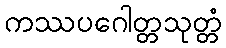
ကဿပဂေါတ္တသုတ္တံ